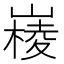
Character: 𡼹